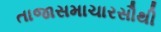
તાજાસમાચારસૌથી